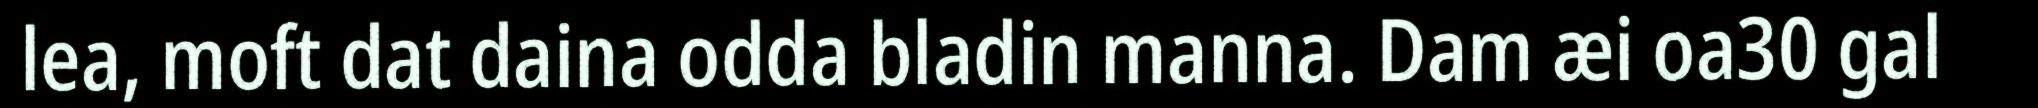
lea, moft dat daina odda bladin manna. Dam æi oa30 gal